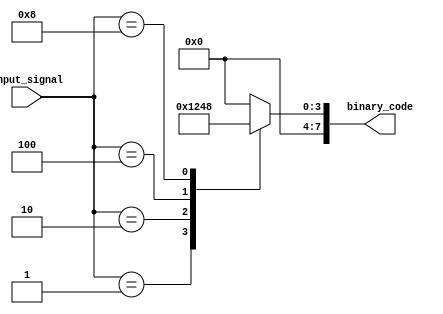
module Encoder(
    input [3:0] input_signal,
    output [7:0] binary_code
);

always @(*) begin
    case(input_signal)
        4'b0001: binary_code = 8'b00000001;
        4'b0010: binary_code = 8'b00000010;
        4'b0100: binary_code = 8'b00000100;
        4'b1000: binary_code = 8'b00001000;
        default: binary_code = 8'b00000000;
    endcase
end

endmodule